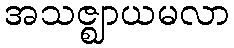
အသဇ္ဈာယမလာ